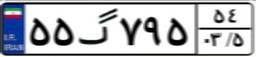
۰۲گ۶۴۲۰۲